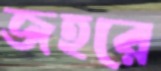
জহরে